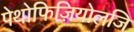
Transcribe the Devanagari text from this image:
पेथोफिज़ियोलजि